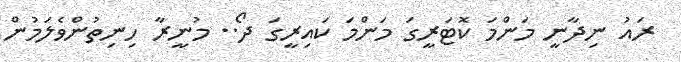
ރައު ނިދާނީ މަންމަ ކޮޓަރީގަ މަންމަ ކައިރީގަ ދޯ.. މުނީރާ ހިނިތުންވެލަމުން